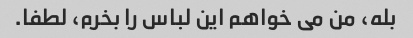
بله، من می خواهم این لباس را بخرم، لطفا.